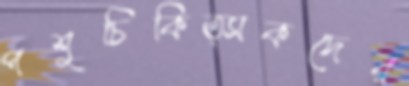
পশুচিকিত্সকদের